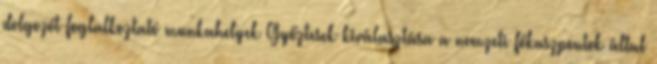
dolgozót foglalkoztató munkahelyek Győztesek kiválasztása a nemzeti fókuszpontok által